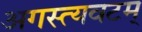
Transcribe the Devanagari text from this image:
अगस्त्यवटम्